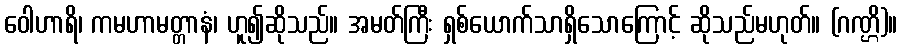
ဝေါဟာရိ၊ ကမဟာမတ္တာနံ၊ ဟူ၍ဆိုသည်။ အမတ်ကြီး ရှစ်ယောက်သာရှိသောကြောင့် ဆိုသည်မဟုတ်။ (ဂဏ္ဌိ)။